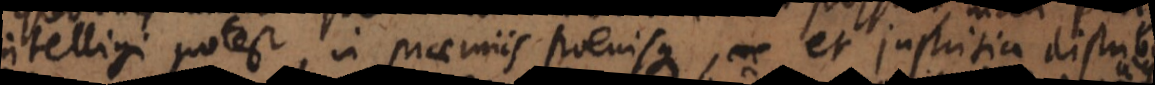
intelligi potest, in praemiis poenisque, et justitia dist